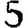
Digit: 5